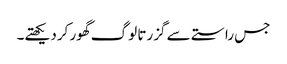
جس راستے سے گزرتا لوگ گھور کردیکھتے۔